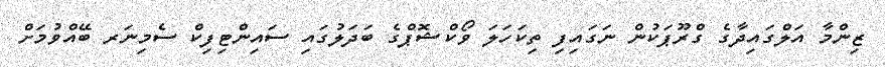
ޒިންމާ އަލްގައިދާގެ ގްރޫޕަކުން ނަގައިފި ތިކަހަލަ ވޯކްޝޮޕްގެ ބަދަލުގައި ސައިންޓިފިކް ސެމިނަރ ބޭއްވުމަށް